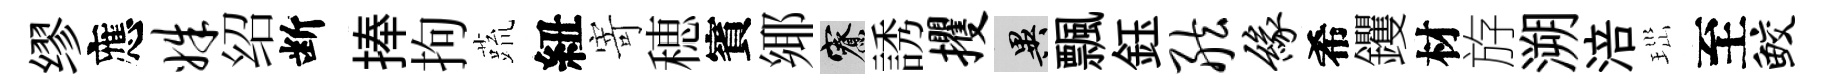
缪應姝绍断捧拘蔬紐寄穂賓鄊寮誘攫异飄鈺舷缘希钁材斿溯涪𤤼至鲛